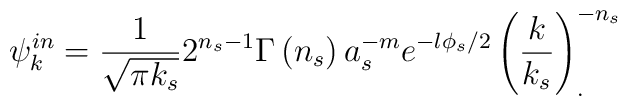
\psi^{in}_k =\frac{1}{\sqrt{\pi k_s}}2^{n_s-1}\Gamma \left( n_s\right)a_s^{-m}e^{-l\phi _s/2}\left( \frac k{k_s}\right) ^{-n_s}_{.}